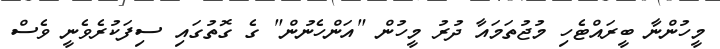
މީހުންނާ ބީރައްޓެހި މުޖުތަމައާ ދުރު މީހުން "އަންހެނުން" ގެ ގޮތުގައި ސިފަކުރެވެނީ ވެސް